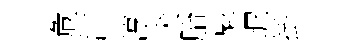
危汴淳犬胎魁墀掛